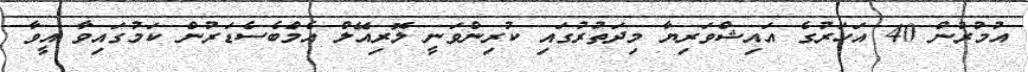
އުމުރުން 40 އަހަރުގެ އައިޝްވަރިޔާ މިދަތުރުގައި ކުރިންވަނީ ލޮރިއޭލް އެމްބެސެޑަރުން ކަމުގައިވާ އީވާ